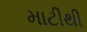
માટીથી